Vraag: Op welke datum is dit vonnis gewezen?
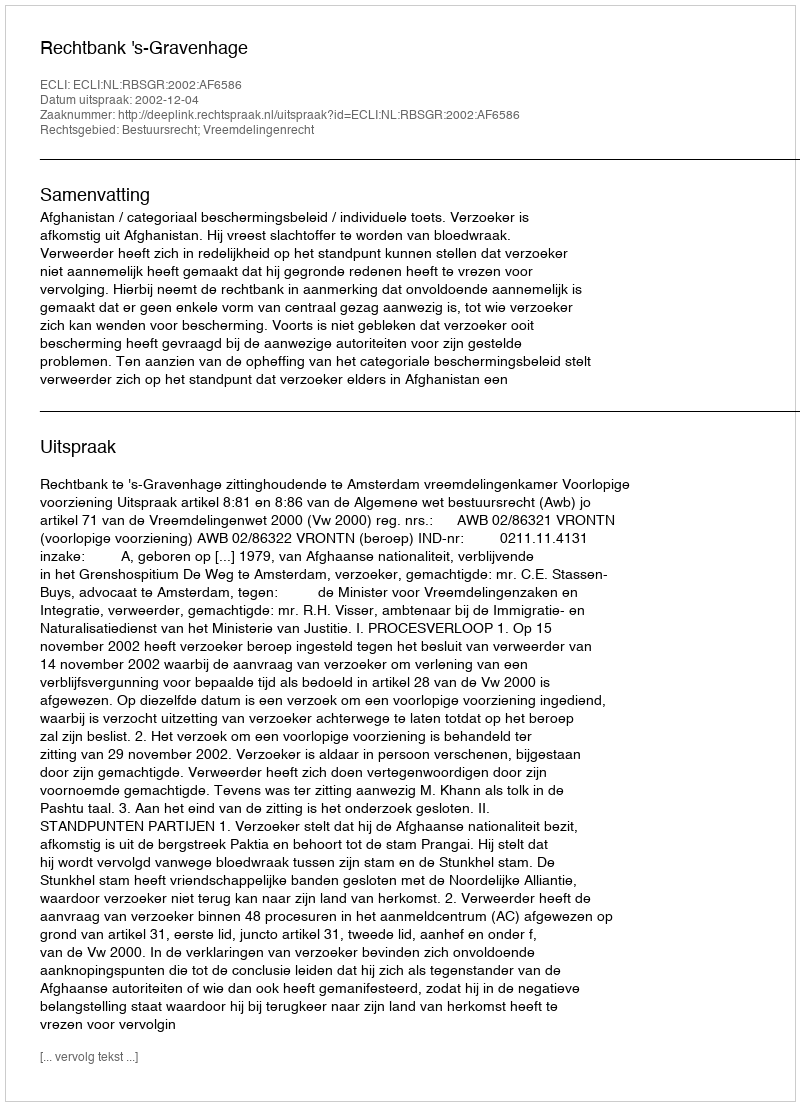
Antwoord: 2002-12-04